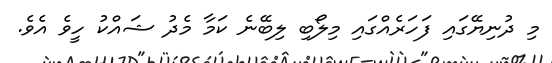
މި ދުނިޔޭގައި ފަހަރެއްގައި މިލޯބި ލިބޭނެ ކަމާ މެދު ޝައްކު ހީވެ އެވެ.